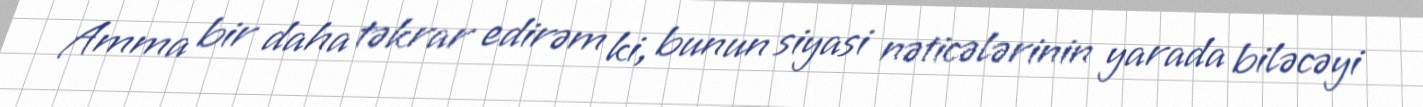
Amma bir daha təkrar edirəm ki, bunun siyasi nəticələrinin yarada biləcəyi